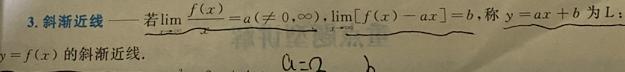
3. 斜渐近线——若$\lim\limits_{x\to\pm\infty}\frac{f(x)}{x}=a(\neq0,\infty),\lim\limits_{x\to\pm\infty}[f(x)-ax]=b$, 称$y = ax + b$为$L$：$y = f(x)$的斜渐近线.